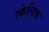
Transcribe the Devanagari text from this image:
स्केल्डिक